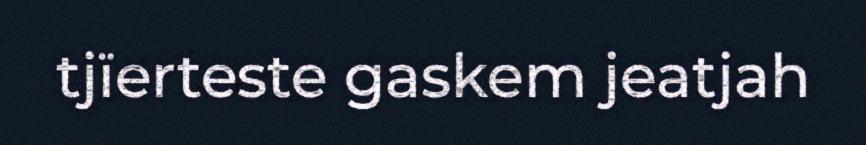
tjïerteste gaskem jeatjah